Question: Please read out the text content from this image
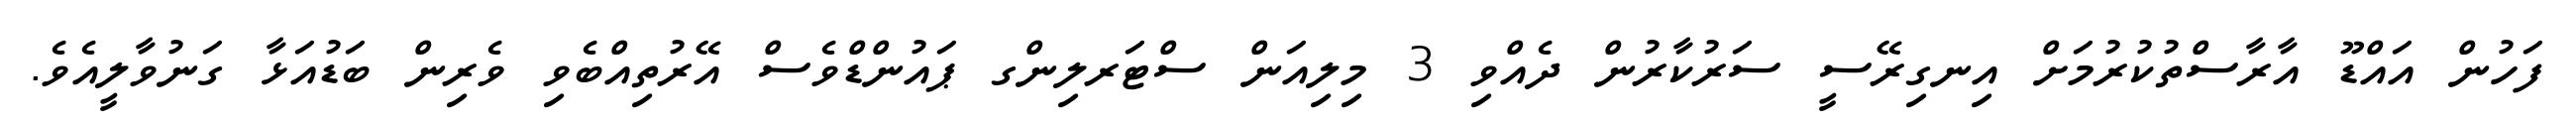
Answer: ފަހުން އައްޑޫ އާރާސްތުކުރުމަށް އިނގިރޭސީ ސަރުކާރުން ދެއްވި 3 މިލިއަން ސްޓަރލިންގ ޕައުންޑްވެސް އޭރުތިއްބެވި ވެރިން ބަޑުއަޅާ ގަނުވާލީއެވެ.